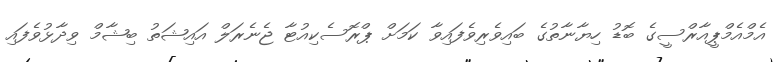
އެމްއެމްޕީއާރްސީގެ ބޮޑު ހިޔާނާތުގެ ބައިވެރިވެފައިވާ ކަމަށް ޕްރޮސެކިއުޓާ ޖެނެރަލް އައިޝަތު ބިޝާމް ވިދާޅުވެފައި